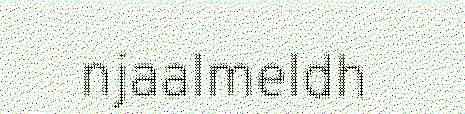
njaalmeldh